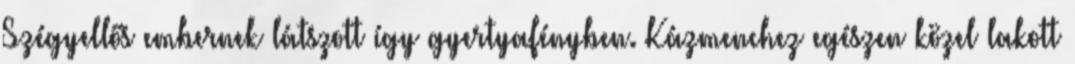
Szégyellős embernek látszott így gyertyafényben. Kázmenchez egészen közel lakott